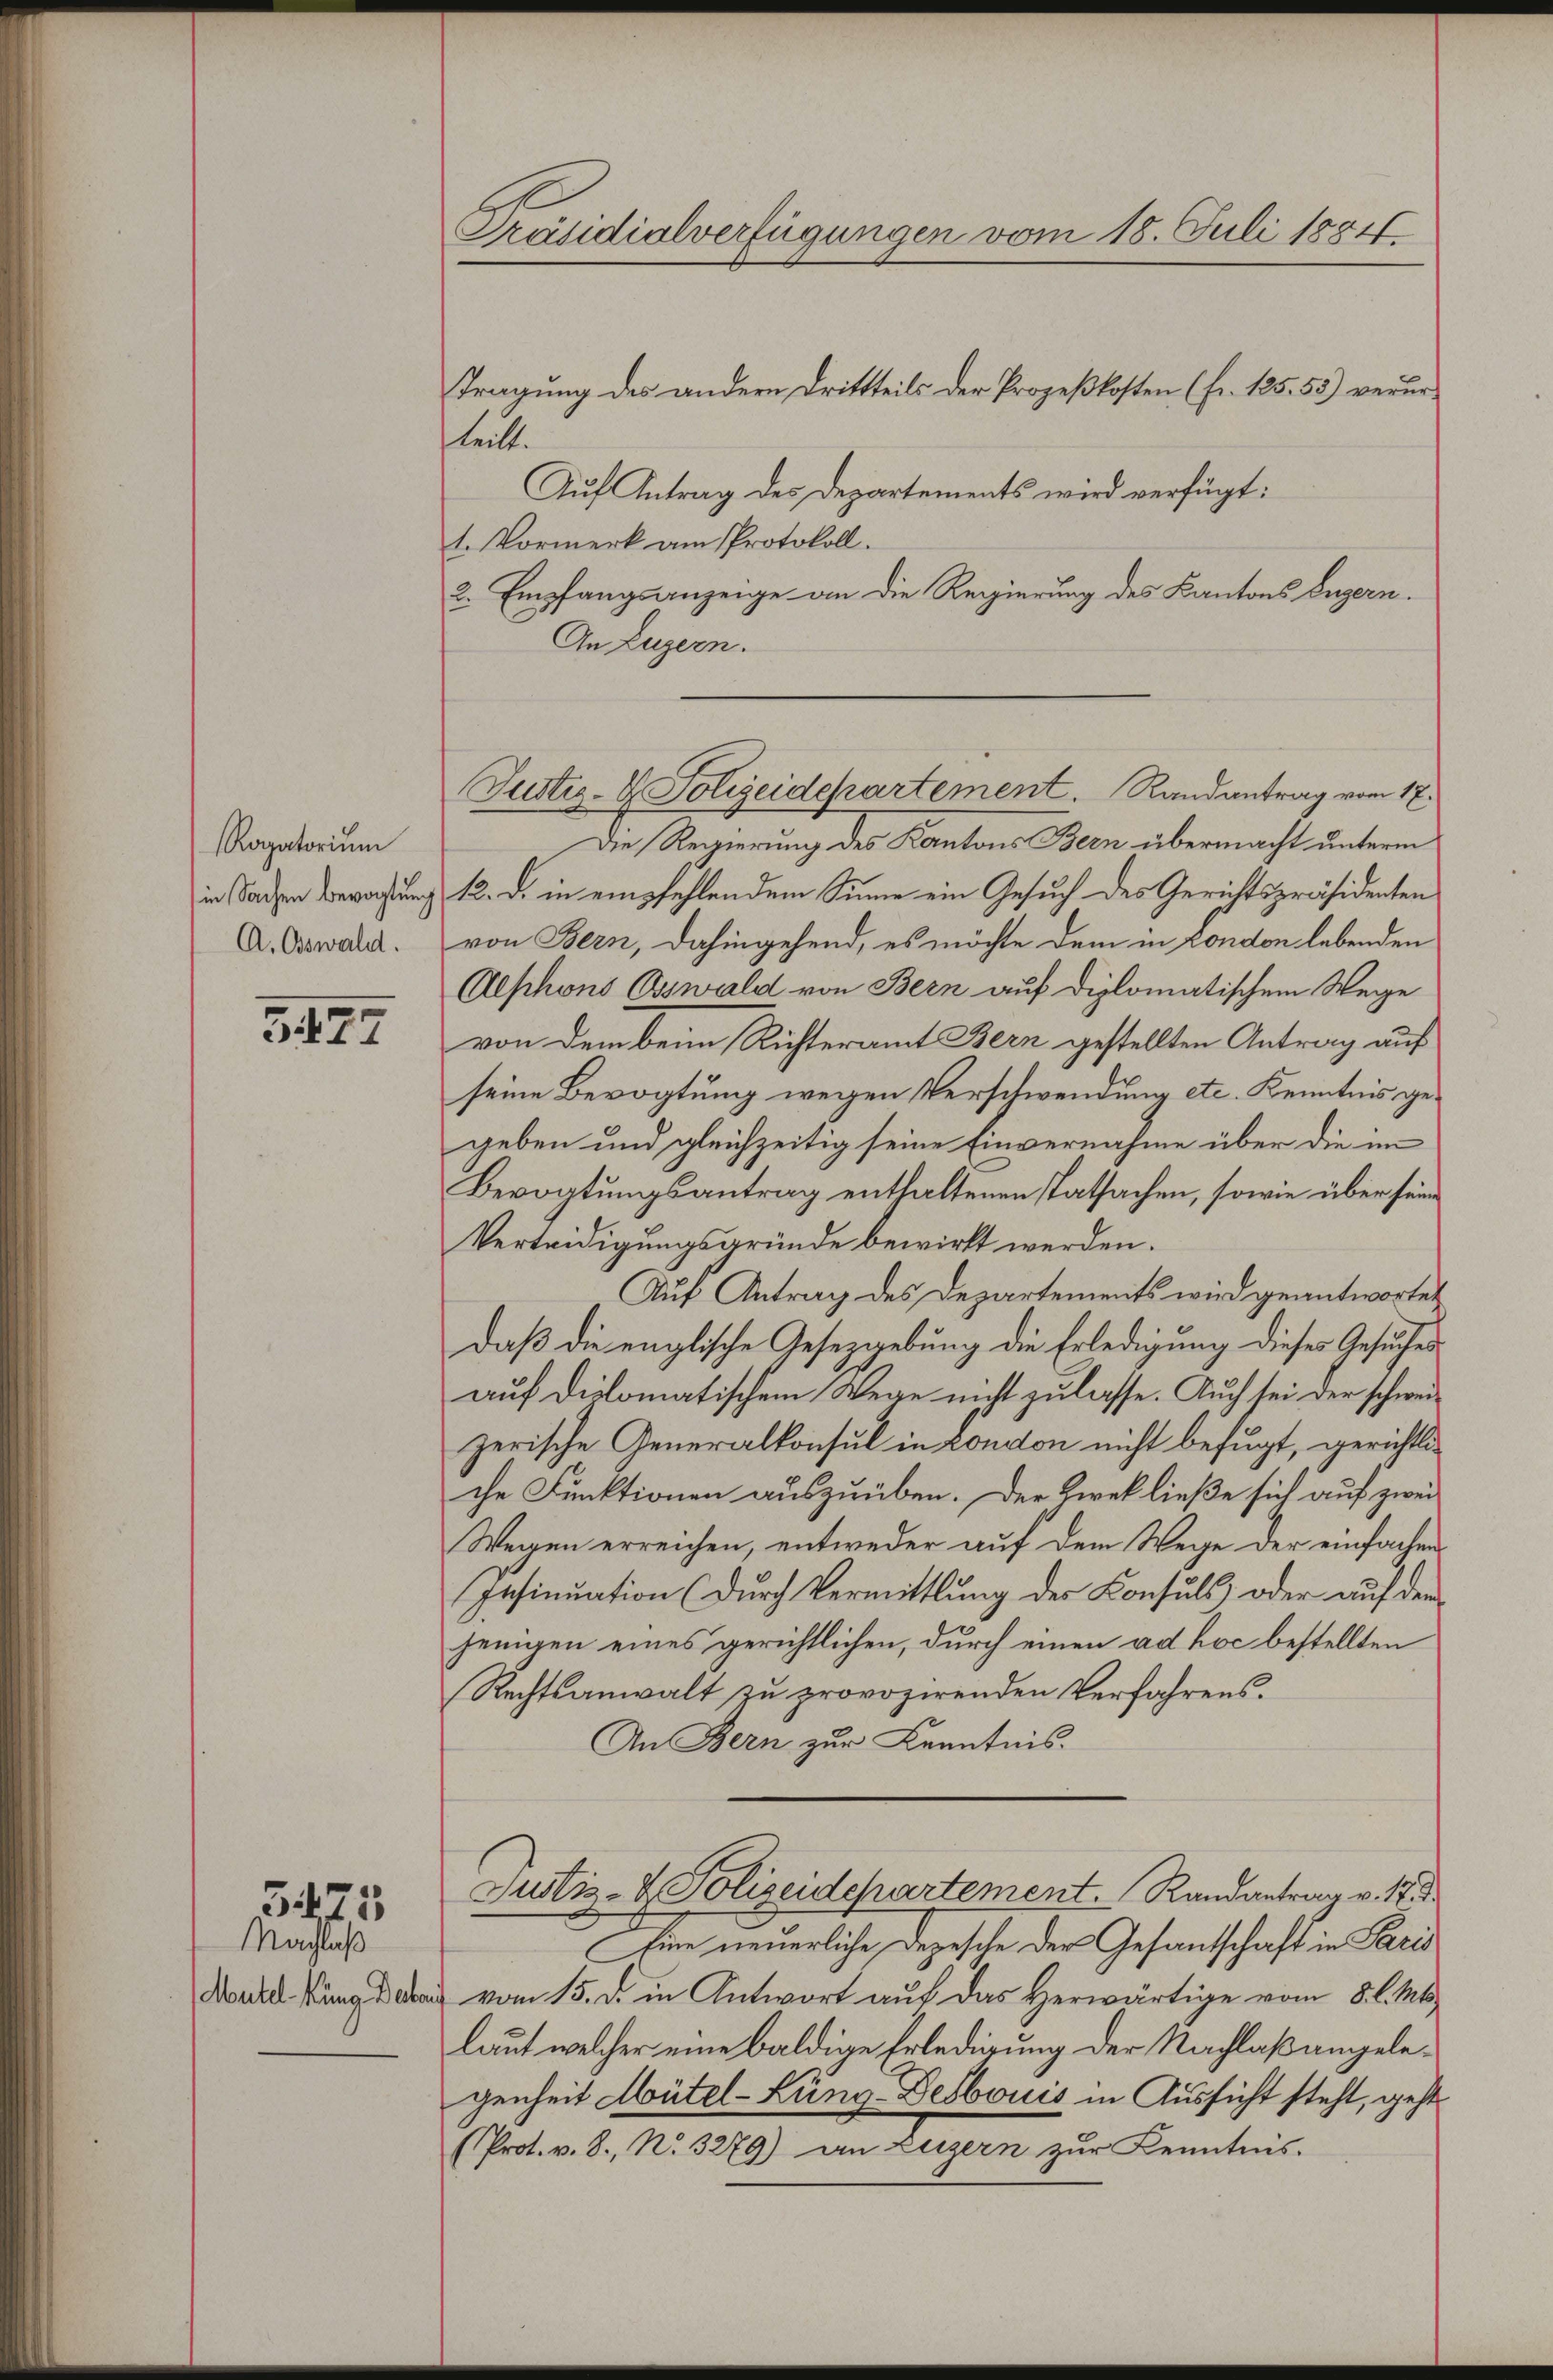
Ragatorium
in Sachen Bevogtung
A. Oswald.

3. 427

Nachlaß
Mutel kung Bekan

3475

Präsidialverfügungen vom 18. Juli 1884

Tragung des andern Drittteils der Prozeßkosten (fr. 125. 55) verurteilt.
Auf Antrag des Departements wird verfügt:
t. Vormerk am Protokoll.
2. Empfangsanzeige an die Regierung des Kantons Luzern.
An Luzern.
Die Regierung des Kantons Bern übermacht unterm
12. d. in empfehlen dem Sinne ein Gesuch des Gerichtspräsidenten
von Bern, dahingehend, es möchte dem in London lebenden
Alphons Esswald von Bern auf diplomatischem Wege
von dem beim Richteramt Bern gestellten Antrag auf
seine Bevogtung wegen Verschwendung etc. Kenntnis gegeben und gleichzeitig seine Einvernahme über die im
Bevogtungsantrag enthaltenen statsachen, sowie über seine
Verteidigungsgründe bewirkt werden.
Auf Antrag des Departements wird geantwortet
daß die englische Gesetzgebung die Erledigung dieses Gesuches
auf diplomatischem Wege nicht zulasse. Auch sei der schweizerische Generalkonsul in London nicht befugt, gerichtliche Funktionen auszuüben. Der Zwekließe sich auf zwei
Wegen erreichen, entweder auf dem Wege der einfachen
Insinuation (durch Vermittlung der Consuls oder auf dem
jenigen eines gerichtlichen, durch einen ad hoc bestellten
Rechtsanwalt zu provozirenden Verfahrens.
An Bern zur Kenntnis.
Justiz- & Polizeidepartement. Randantrag v. 18.
Eine neuerliche Depesche der Gesantschaft in Paris
vom 15. d. in Antwort auf das Herwärtige vom 8. l. Mts.
laut welcher eine baldige Erledigung der Nachlaßangelegenheit Mütel-Kung-Desbouis in Aussicht steht, geht
(Prot. v. 8. No. 3279) an Luzern zŭr Kenntnis.

Justiz- & Polizeidepartement. Randantrag vom 17.